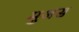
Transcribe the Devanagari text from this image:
मुअस